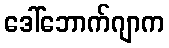
ဒေါ်ဘောက်ဂျာက